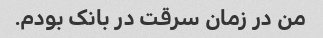
من در زمان سرقت در بانک بودم.